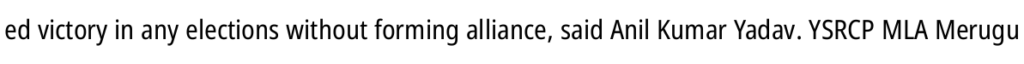
ed victory in any elections without forming alliance, said Anil Kumar Yadav. YSRCP MLA Merugu